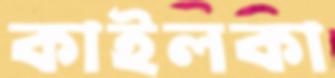
কাইলকা